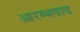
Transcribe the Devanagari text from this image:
आरम्भवाद